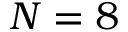
N = 8